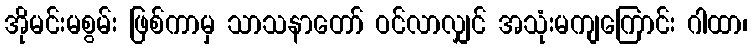
အိုမင်းမစွမ်း ဖြစ်ကာမှ သာသနာတော် ဝင်လာလျှင် အသုံးမကျကြောင်း ဂါထာ၊